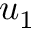
u _ { 1 }